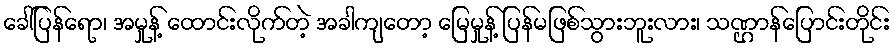
ခေါ်ပြန်ရော၊ အမှုန့် ထောင်းလိုက်တဲ့ အခါကျတော့ မြေမှုန့် ပြန်မဖြစ်သွားဘူးလား၊ သဏ္ဌာန်ပြောင်းတိုင်း